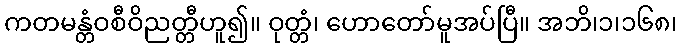
ကတမန္တံဝစီဝိညတ္တီဟူ၍။ ဝုတ္တံ၊ ဟောတော်မူအပ်ပြီ။ အဘိ၊၁၊၁၆၈၊